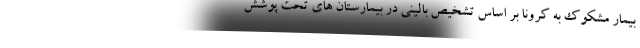
بیمار مشکوک به کرونا بر اساس تشخیص بالینی در بیمارستان های تحت پوشش